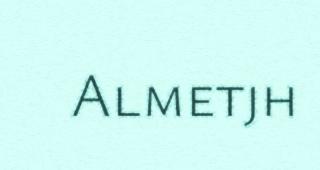
Almetjh